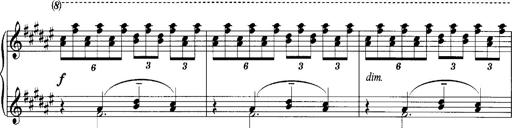
Title: klavierstÃ¼ck
Composer: Matias Ekert